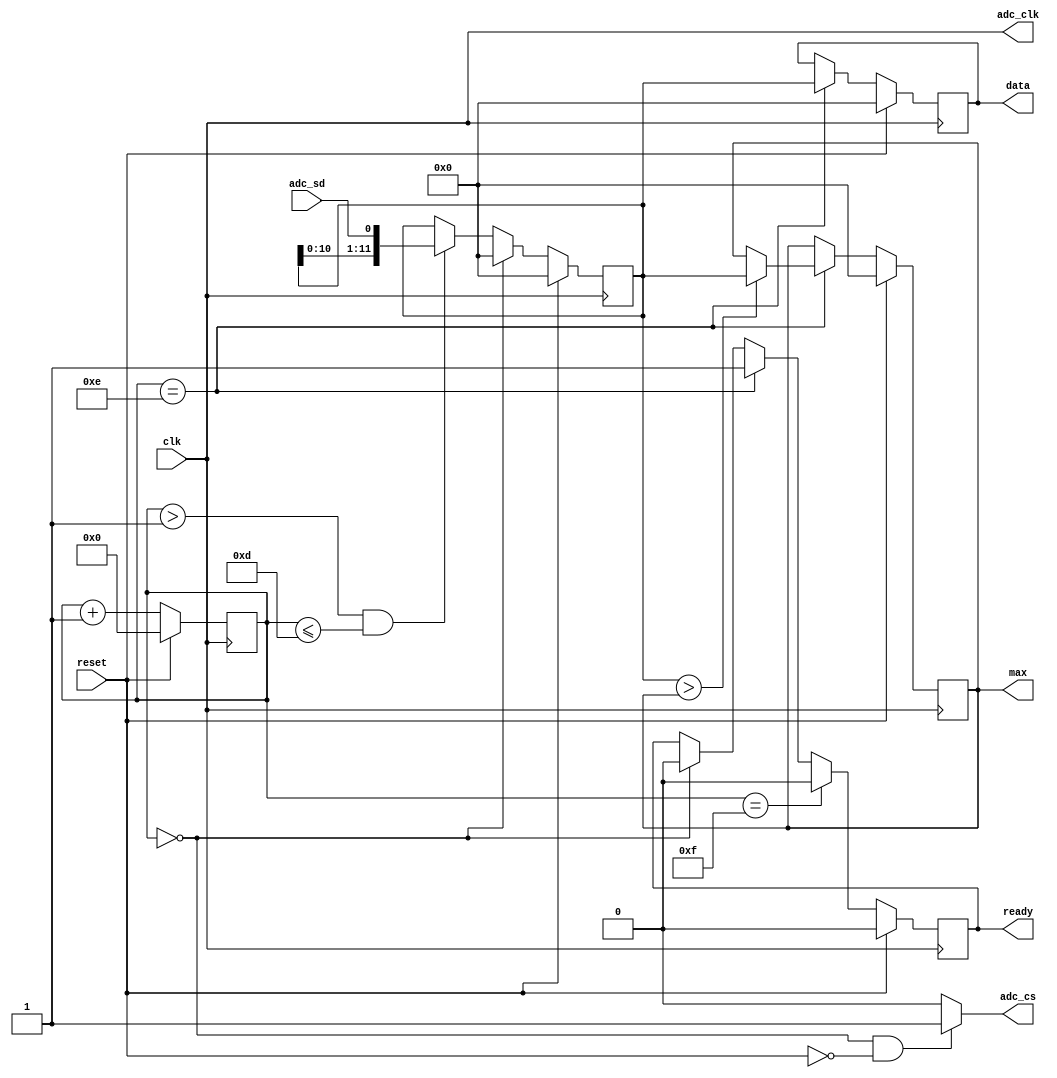
module adc (
	input wire clk,
    input wire reset,
    output wire adc_clk,
    output wire adc_cs,
    output reg ready,
    input wire adc_sd,
    output reg [11:0] data,
    output reg [11:0] max
);

    initial begin
        ready = 0;
        data = 0;
        max = 0;
    end

    // outputs only valid not in reset
    assign adc_clk = clk;
    assign adc_cs = (cnt == 0 && reset == 0) ? 1 : 0; 

    reg [11:0] serial_data = 0;
    reg [3:0] cnt = 0;
    reg capture = 0;

    always @(posedge clk) begin

        if(reset) begin

            max <= 0;
            serial_data <= 12'b0;
            cnt <= 0;
            data <= 12'b0;
            ready <= 0;

        end else begin

            cnt<=cnt+1;

            if(cnt == 0) begin
                ready <= 0;
            end

            if(cnt > 1 && cnt <= 13)
                serial_data <= { serial_data[10:0], adc_sd };
            if(cnt == 0)
                serial_data <= 0;

            if(cnt == 14) begin
                data <= serial_data;
                ready <= 1;
                if(serial_data > max)
                    max <= serial_data;
            end

            // ready signal is only valid for 1 clock, used for clock enable
            if(cnt == 15) 
                ready <= 0;
        end
    end

endmodule